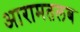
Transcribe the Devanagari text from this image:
आरामतलब